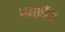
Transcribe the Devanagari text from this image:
ब्याग्रौंड